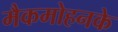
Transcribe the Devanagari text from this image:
मैकमोहनके